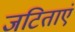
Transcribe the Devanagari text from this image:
जटिताएं